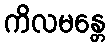
ကိလမန္တေ